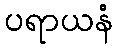
ပရာယနံ